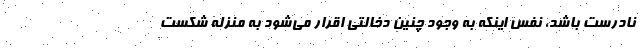
نادرست باشد، نفس اینکه به وجود چنین دخالتی اقرار می‌شود به منزله شکست